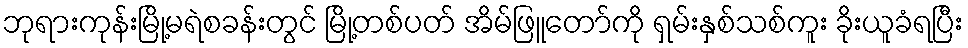
ဘုရားကုန်းမြို့မရဲစခန်းတွင် မြို့တစ်ပတ် အိမ်ဖြူတော်ကို ရှမ်းနှစ်သစ်ကူး ခိုးယူခံရပြီး